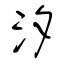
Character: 汐